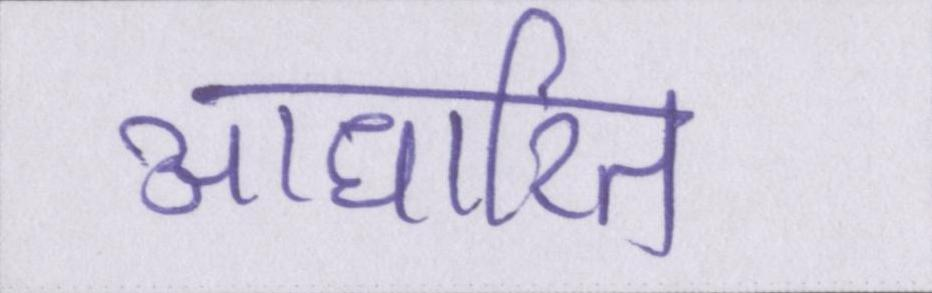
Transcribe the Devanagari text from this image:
आधारित